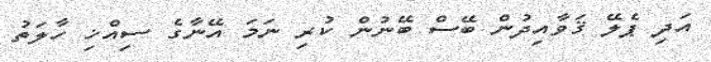
އަދި ޕެލޭ ޤަވާއިދުން ބޭސް ބޭނުން ކުރި ނަމަ އޭނާގެ ސިއްޚި ހާލަތު